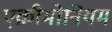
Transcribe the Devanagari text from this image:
एक्रीमोनियम